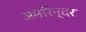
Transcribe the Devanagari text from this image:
अमरिन्दर